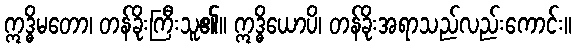
ဣဒ္ဓိမတော၊ တန်ခိုးကြီးသူ၏။ ဣဒ္ဓိယောပိ၊ တန်ခိုးအရာသည်လည်းကောင်း။